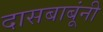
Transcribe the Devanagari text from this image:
दासबाबूंनी